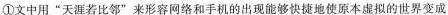
①文中用”天涯若比邻”来形容网络和手机的出现能够快捷地使原本虚拟的世界变成